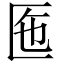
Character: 𠤷